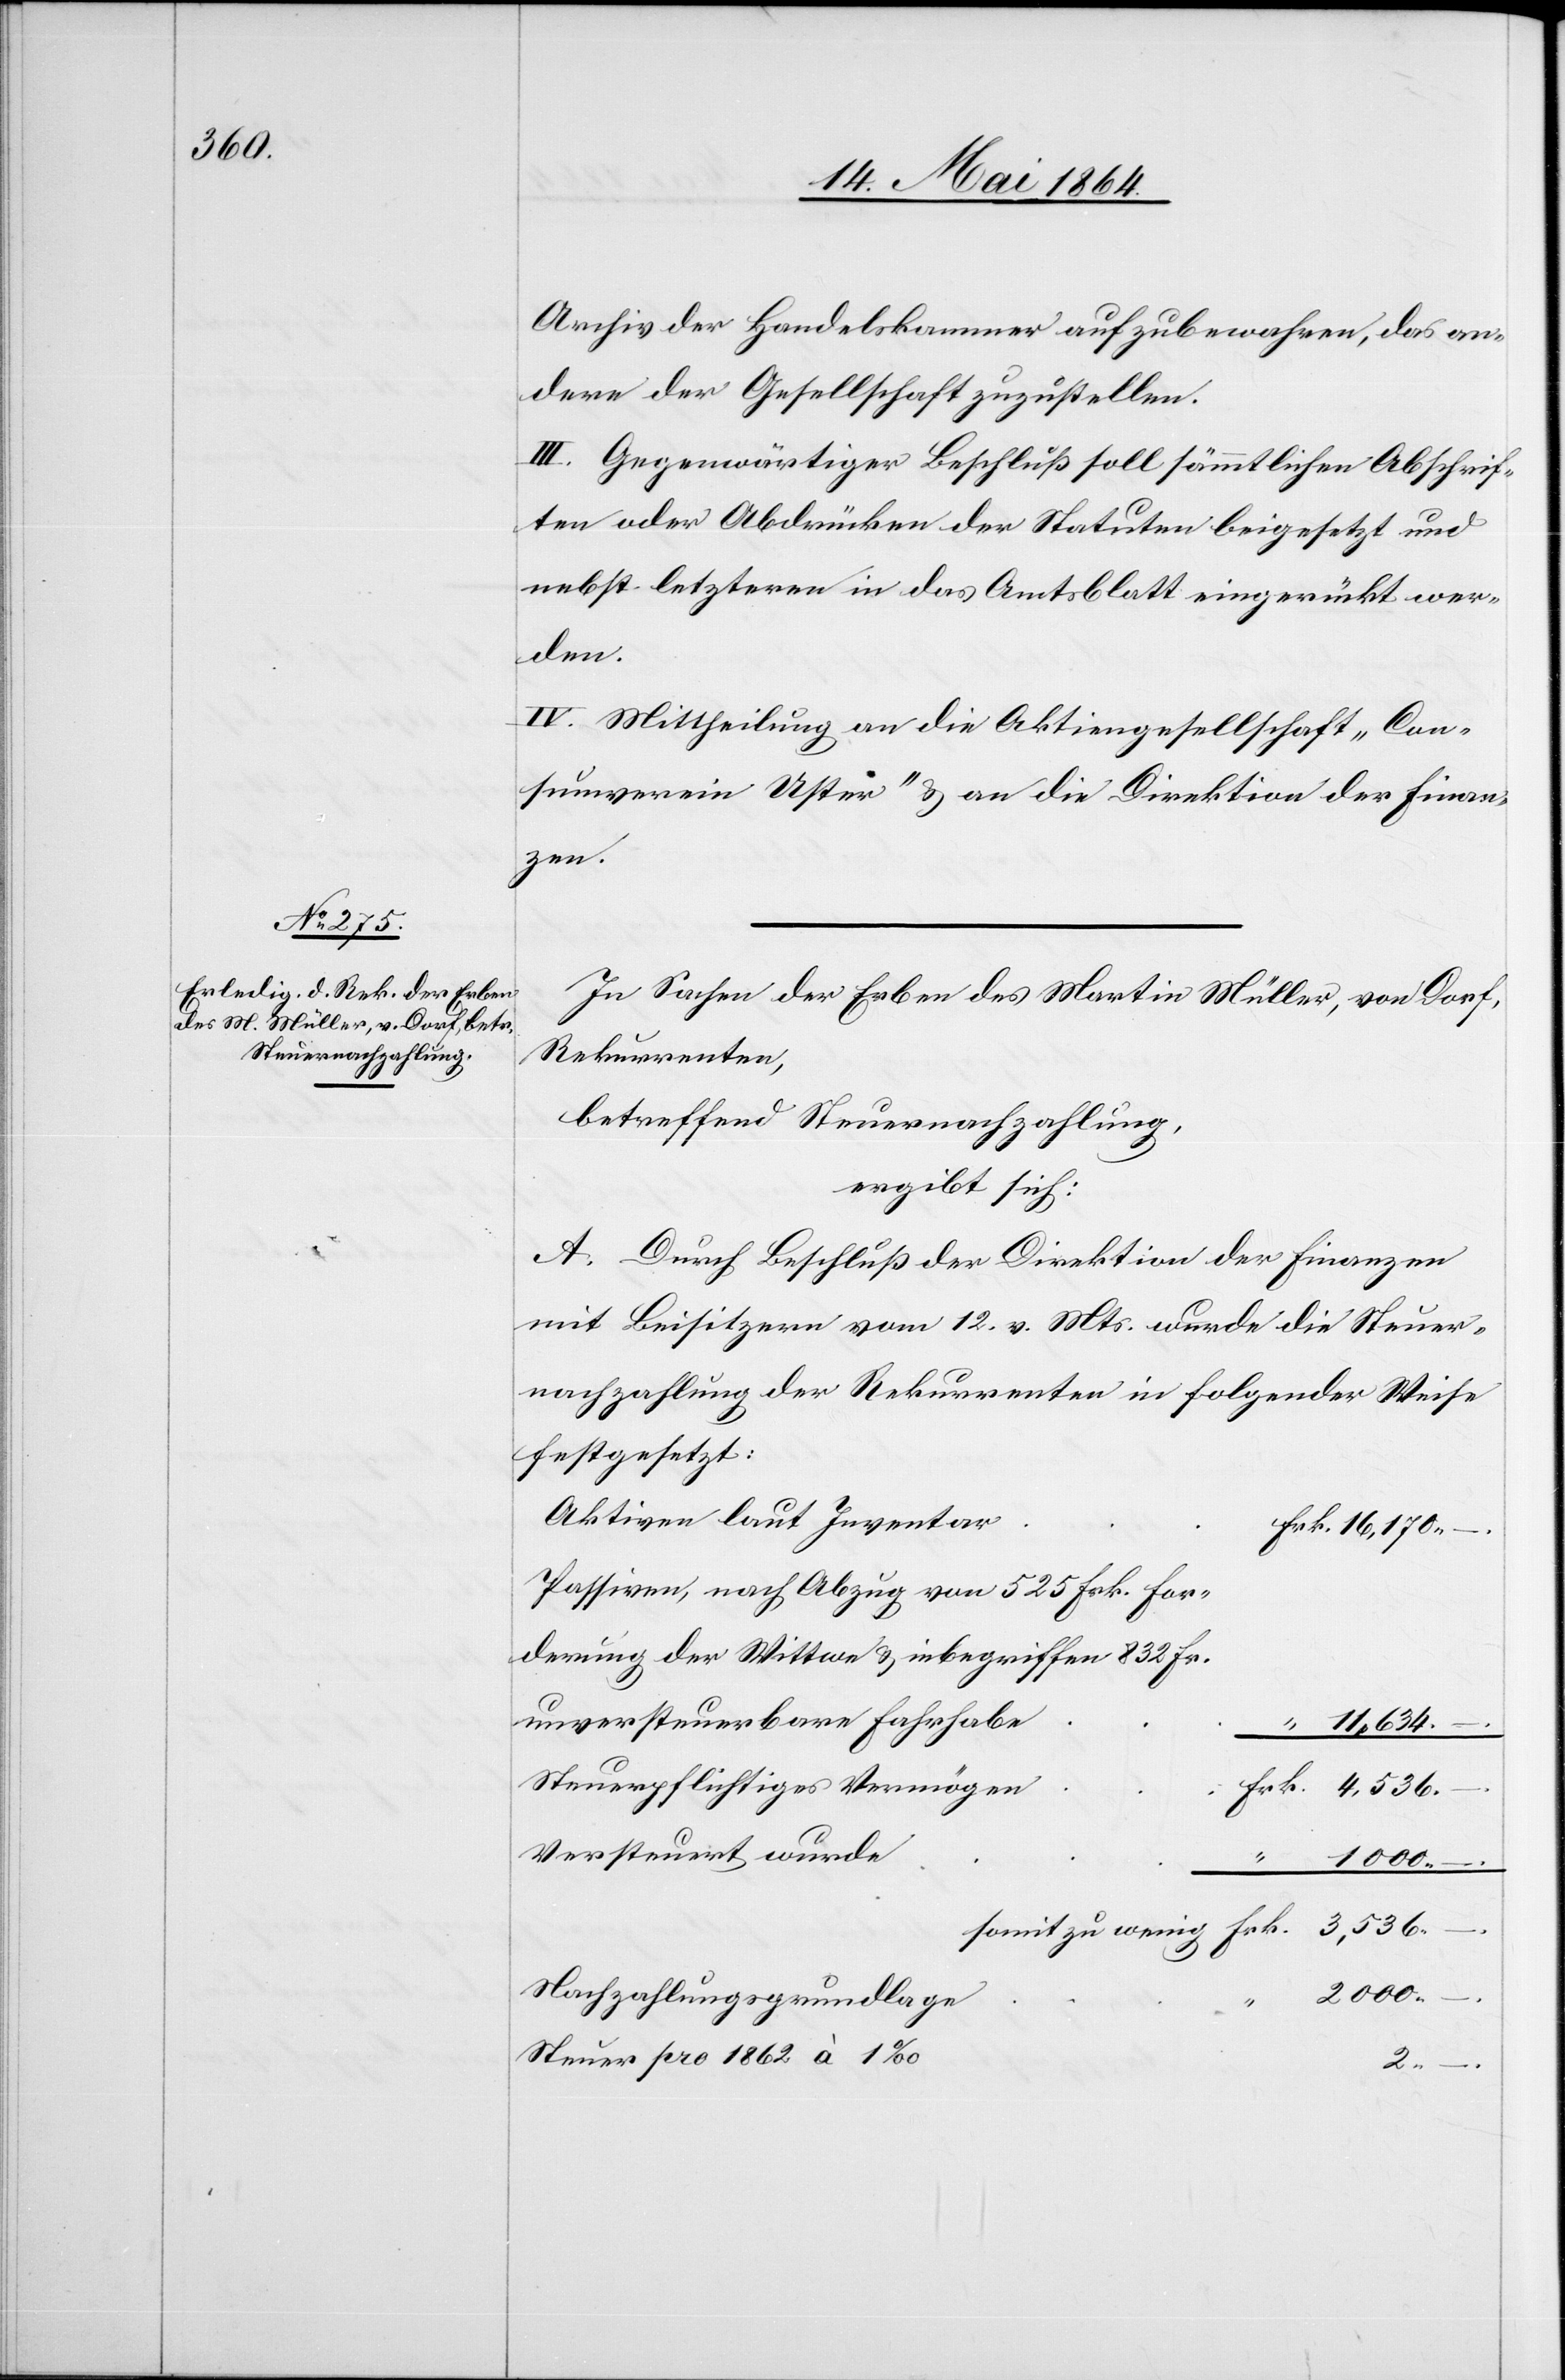
Archiv der Handelskammer aufzubewahren, das an¬
dere der Gesellschaft zuzustellen.
III. Gegenwärtiger Beschluß soll sämmtlichen Abschrif¬
ten oder Abdrücken der Statuten beigesetzt und
nebst letzteren in das Amtsblatt eingerückt wer¬
den.
IV. Mittheilung an die Aktiengesellschaft „Con¬
sumverein Uster“ u. an die Direktion der Finan¬
zen.
In Sachen der Erben des Martin Müller, von Dorf,
Rekurrenten,
betreffend Steuernachzahlung,
ergibt sich:
A. Durch Beschluß der Direktion der Finanzen
mit Beisitzern vom 12. v. Mts. wurde die Steuer¬
nachzahlung der Rekurrenten in folgender Weise
festgesetzt:
Passiven, nach Abzug von 525 Frk. For¬
derung der Wittwe u. inbegriffen 832 Frk.
unversteuerbare Fahrhabe
Steuerpflichtiges Vermöge¬
–.
3,536
2000
–.
Nachzahlungsgrundlag¬
Steuer pro 1862 à
2
–.